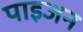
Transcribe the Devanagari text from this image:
पाइजन